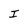
Character: I